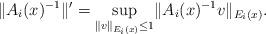
LaTeX: \begin{align*} \lVert A_i(x)^{-1}\rVert' =\sup_{\lVert v\rVert_{E_i(x)} \le 1} \lVert A_i(x)^{-1}v\rVert_{E_i(x)}.\end{align*}